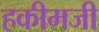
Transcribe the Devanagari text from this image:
हकीमजी